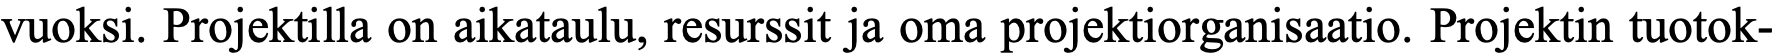
vuoksi. Projektilla on aikataulu, resurssit ja oma projektiorganisaatio. Projektin tuotok-